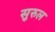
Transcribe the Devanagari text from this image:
सुरुल